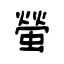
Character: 螢